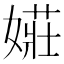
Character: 𫱡